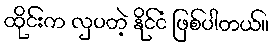
ထိုင်းက လှပတဲ့ နိုင်ငံ ဖြစ်ပါတယ်။